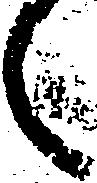
々